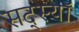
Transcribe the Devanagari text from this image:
सद्स्यॉ